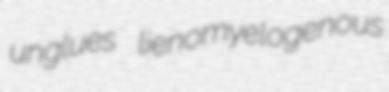
unglues lienomyelogenous